King Institute of Preventive Medicine Micro-Biological Section reports 1909-11
Year: 1909
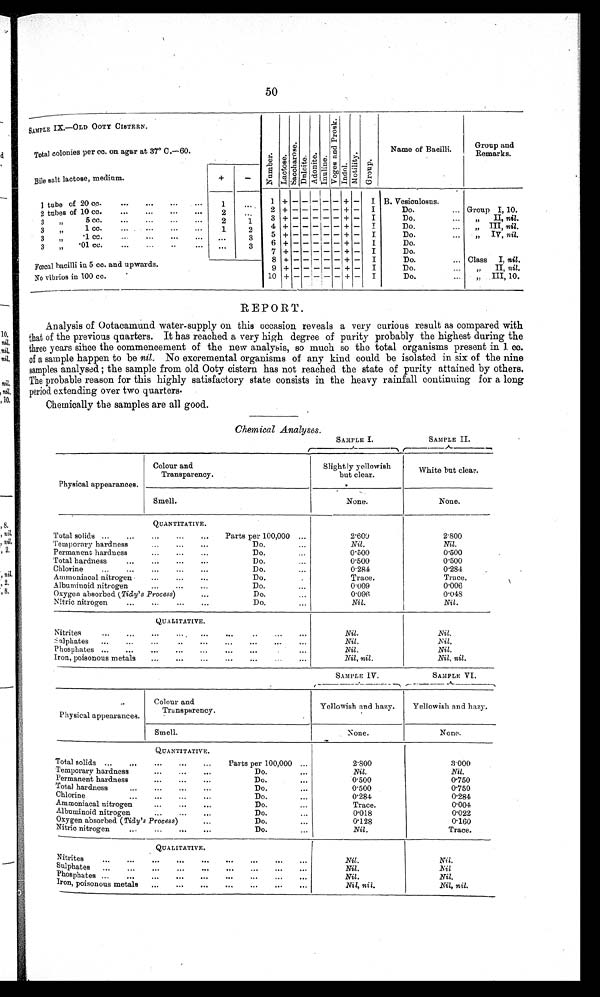
50
SAMPLE IX.-OLD OOTY CISTERN.
Nu mb e r .
Lact os e.
S a c c h a r o s e .
Dul ci t e.
Ad o n i t e .
I n u l i n e .
V o g e s a n d P r o s k .
I ndol . Mot i l i t y. Group.
Name of Bacilli.
Group and
Remarks.
Total colonies per cc. on agar at 37° C. - 60.
Bile salt lactose, medium.
+
-
I tube of 20 cc.
...
...
...
...
1
...
1 +
- -
- - - +
-
I B. Vesiculosus.
2 tubes of 10 cc.
. . .
. . .
...
...
2 ...
2 + - -
- - -
+ -
I
Do.
... Group I, 10.
3
,,
5 cc. ...
...
...
...
2
1
3 +
- - - - - + - I
Do.
. . .
,,
II, nil.
3
,,
1 cc. ...
...
...
...
1
2
4 +
- - - - - + -
I
Do.
...
„
III, nil.
3
,,
1 cc. ...
...
...
...
...
3
5 + - - - -
- + -
I
Do.
. . .
, ,
I V ,
n i l .
3
,,
.01 cc.
...
. . .
...
...
...
3
6 +
- - - - - + -
I
Do.
7 + - - - - - + -
I
D o .
8 + - - - - - + -
I
Do.
... Class I, nil.
Fœcal bacilli in 5 cc. and upwards.
9 + - - - - - + -
I
Do.
. . .
, ,
II, nil.
No vibrios in 100 cc.
10 + - - - - -
+ - I
Do.
...
„ III, 10.
REPORT.
Analysis of Qotacamund water-supply on this occasion reveals a very curious result as compared with
that of the previous quarters. It has reached a very high degree of purity probably the highest during the
three years since the commencement of the new analysis, so much so the total organisms present in 1. cc.
of a sample happen to be nil. No excremental organisms of any kind could be isolated in six of the nine
samples analysed; the sample from old Ooty cistern has not reached the state of purity attained by others.
The probable reason for this highly satisfactory state consists in the heavy rainfall continuing for a long
period extending over two quarters.
Chemically the samples are all good.
Chemical Analyses.
SAMPLE I.
SAMPLE II.
Physical appearances.
Colour and
Transparency.
Slightly yellowish
but clear.
White but clear.
Smell.
None.
None.
QUANTITATIVE.
Total solids ...
...
...
...
...
Parts per 100,000 ...
2.600
2.800
Temporary hardness
...
...
. . .
Do.
...
Nil.
Nil.
Permanent hardness
...
. . .
...
Do.
...
0.500
0.500
Total hardness
...
...
. . .
. . .
Do.
...
0.500
0.500
Chlorine
...
...
...
...
...
Do.
...
0.284
0.284
Ammoniacal nitrogen
...
...
. . .
Do.
. . .
Trace.
Trace.
Albuminoid nitrogen
. . .
...
. . .
Do.
...
0.009
0.006
Oxygen absorbed (Tidy's Process)
...
Do.
...
0 . 0 9 6
0.048
Nitric nitrogen
...
. . .
. . .
...
Do.
...
Nil.
Nil.
QUALITATIVE.
Nitrites
...
...
...
. . . ...
...
...
...
...
Nil.
Nil.
sulphates
...
. . .
. . .
...
. . .
...
. . .
. . .
...
Nil.
Nil.
Phosphates ...
...
. . .
. . .
. . .
...
. . .
. . .
...
Nil.
Nil.
Iron, poisonous metals
...
. . .
. . .
...
. . .
. . .
...
Nil, nil.
Nil, nil.
SAMPLE IV.
SAMPLE VI.
Physical appearances.
Colour and
Transparency.
Yellowish and hazy.
Yellowish and hazy.
Smell.
None.
None.
QUANTITATIVE.
Total solids
. . .
. . .
. . .
. . .
...
Parts per 100,000 ...
2.800
3.000
Temporary hardness
...
...
...
Do.
...
Nil.
Nil.
Permanent hardness
. . .
. . .
...
Do.
...
0.500
0.750
Total hardness
...
. . .
...
...
Do.
...
0.500
0.750
Chlorine
. . .
. . .
. . .
...
Do.
...
0.284
0.284
Ammoniacal nitrogen
...
...
...
Do.
...
Trace.
0.004
Albuminoid nitrogen
...
. . .
. . .
Do.
...
0.018
0.022
Oxygen absorbed (Tidy's Process)
. . .
Do.
...
0.128
0.160
Nitric nitrogen
. . .
...
. . .
...
Do.
...
Nil.
Trace.
QUALITATIVE.
Nitrite
. . . ...
. . .
. . .
. . .
...
. . .
. . .
...
Nil. Nil.
Sulphates
. . .
...
. . .
. . .
. . .
...
. . .
. . .
. . .
Nil.
Nil
Phosphates . . .
. . .
. . .
...
. . .
...
. . .
. . .
. . .
Nil.
Nil.
Iron, poisonous metals
. . .
. . .
. . .
...
. . .
. . .
. . .
Nil, nil.
Nil, nil.